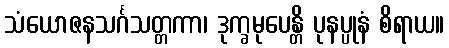
သံယောဇနသင်္ဂသတ္တကာ၊ ဒုက္ခမုပေန္တိ ပုနပ္ပုနံ စိရာယ။